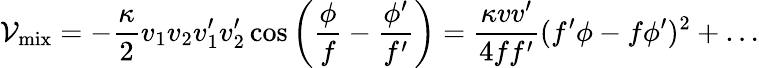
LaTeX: \mathcal{V}_{\mathrm{mix}}=-\frac{\kappa}{2}v_{1}v_{2}v_{1}^{\prime}v_{2}^{\prime}\cos\left(\frac{\phi}{f}-\frac{\phi^{\prime}}{f^{\prime}}\right)=\frac{\kappa vv^{\prime}}{4ff^{\prime}}(f^{\prime}\phi-f\phi^{\prime})^{2}+\dots